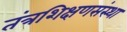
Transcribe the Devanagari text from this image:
तंत्रशिक्षणसंस्था